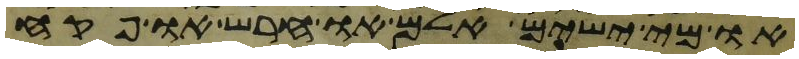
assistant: או מי ישים אלם או חרש או פקח